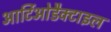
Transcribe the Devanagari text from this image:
आर्टिओडैक्टाइल